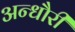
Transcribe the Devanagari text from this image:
अन्धौरी